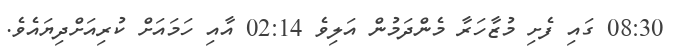
08:30 ގައި ފެށި މުޒާހަރާ މެންދަމުން އަލިވެ 02:14 އާއި ހަމައަށް ކުރިއަށްދިޔައެވެ.